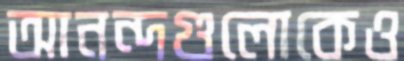
আনন্দগুলোকেও